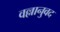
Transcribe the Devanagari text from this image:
वल्लानुवद